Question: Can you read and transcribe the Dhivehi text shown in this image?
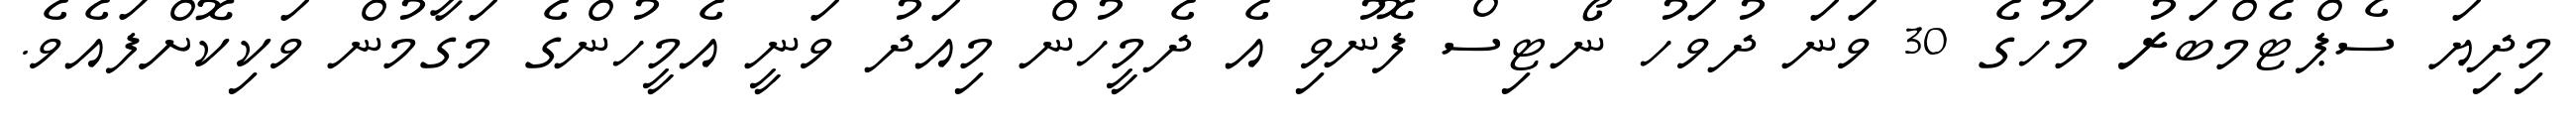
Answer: މިދިޔަ ސެޕްޓެމްބަރު މަހުގެ 30 ވަނަ ދުވަހު ނޯޓިސް ފޮނުވި އެ ދެމީހުން މިއަދު ވަނީ އެމީހުންގެ މަގާމުން ވަކިކޮށްފައެވެ.